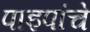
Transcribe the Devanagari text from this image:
पाइपांचे